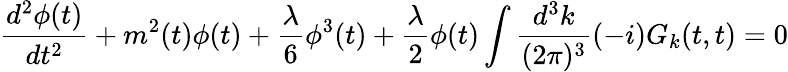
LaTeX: \frac{d^{2}\phi(t)}{dt^{2}}+m^{2}(t)\phi(t)+\frac{\lambda}{6}\phi^{3}(t)+\frac{\lambda}{2}\phi(t)\int\frac{d^{3}k}{(2\pi)^{3}}(-i)G_{k}(t,t)=0